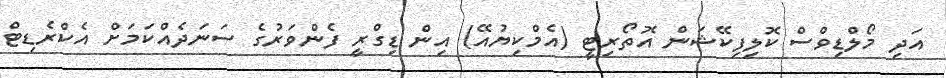
އަދި މޯލްޑިވްސް ކޮލިފިކޭޝަން އޮތޯރިޓީ (އެމްކިޔުއޭ) އިން ޑިގްރީ ފެންވަރުގެ ސަނަދެއްކަމަށް އެކްރެޑިޓް